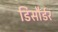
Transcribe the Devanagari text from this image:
डिसौर्डर